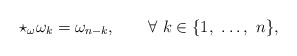
\begin{align*}\star_{\omega} \omega_k= \omega_{n-k}, ~~~~~~ \forall~ k \in \{1,\ \dots ,\ n\},\end{align*}